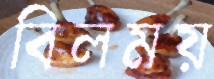
বিলময়